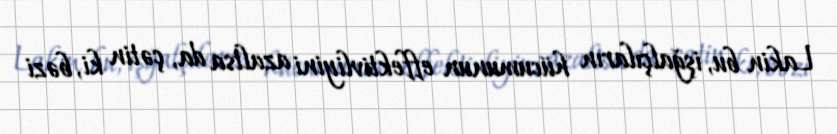
Lakin bu, işğalçıların hücumunun effektivliyini azaltsa da, çətin ki, bəzi